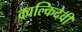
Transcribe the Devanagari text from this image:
काल्किदेवी